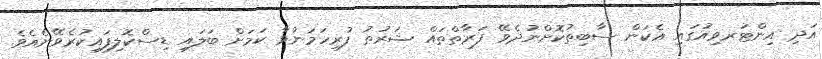
އަދި އިންޓަރވިއުގައި އެކަން ސާބިތުކޮށްނުދެވޭ ފަރާތްތައް ޝަރުޠު ފުރިހަމަނުވާ ކަމަށް ބަލައި ޑިސްކޮލިފައިކުރެވޭނެއެވެ.